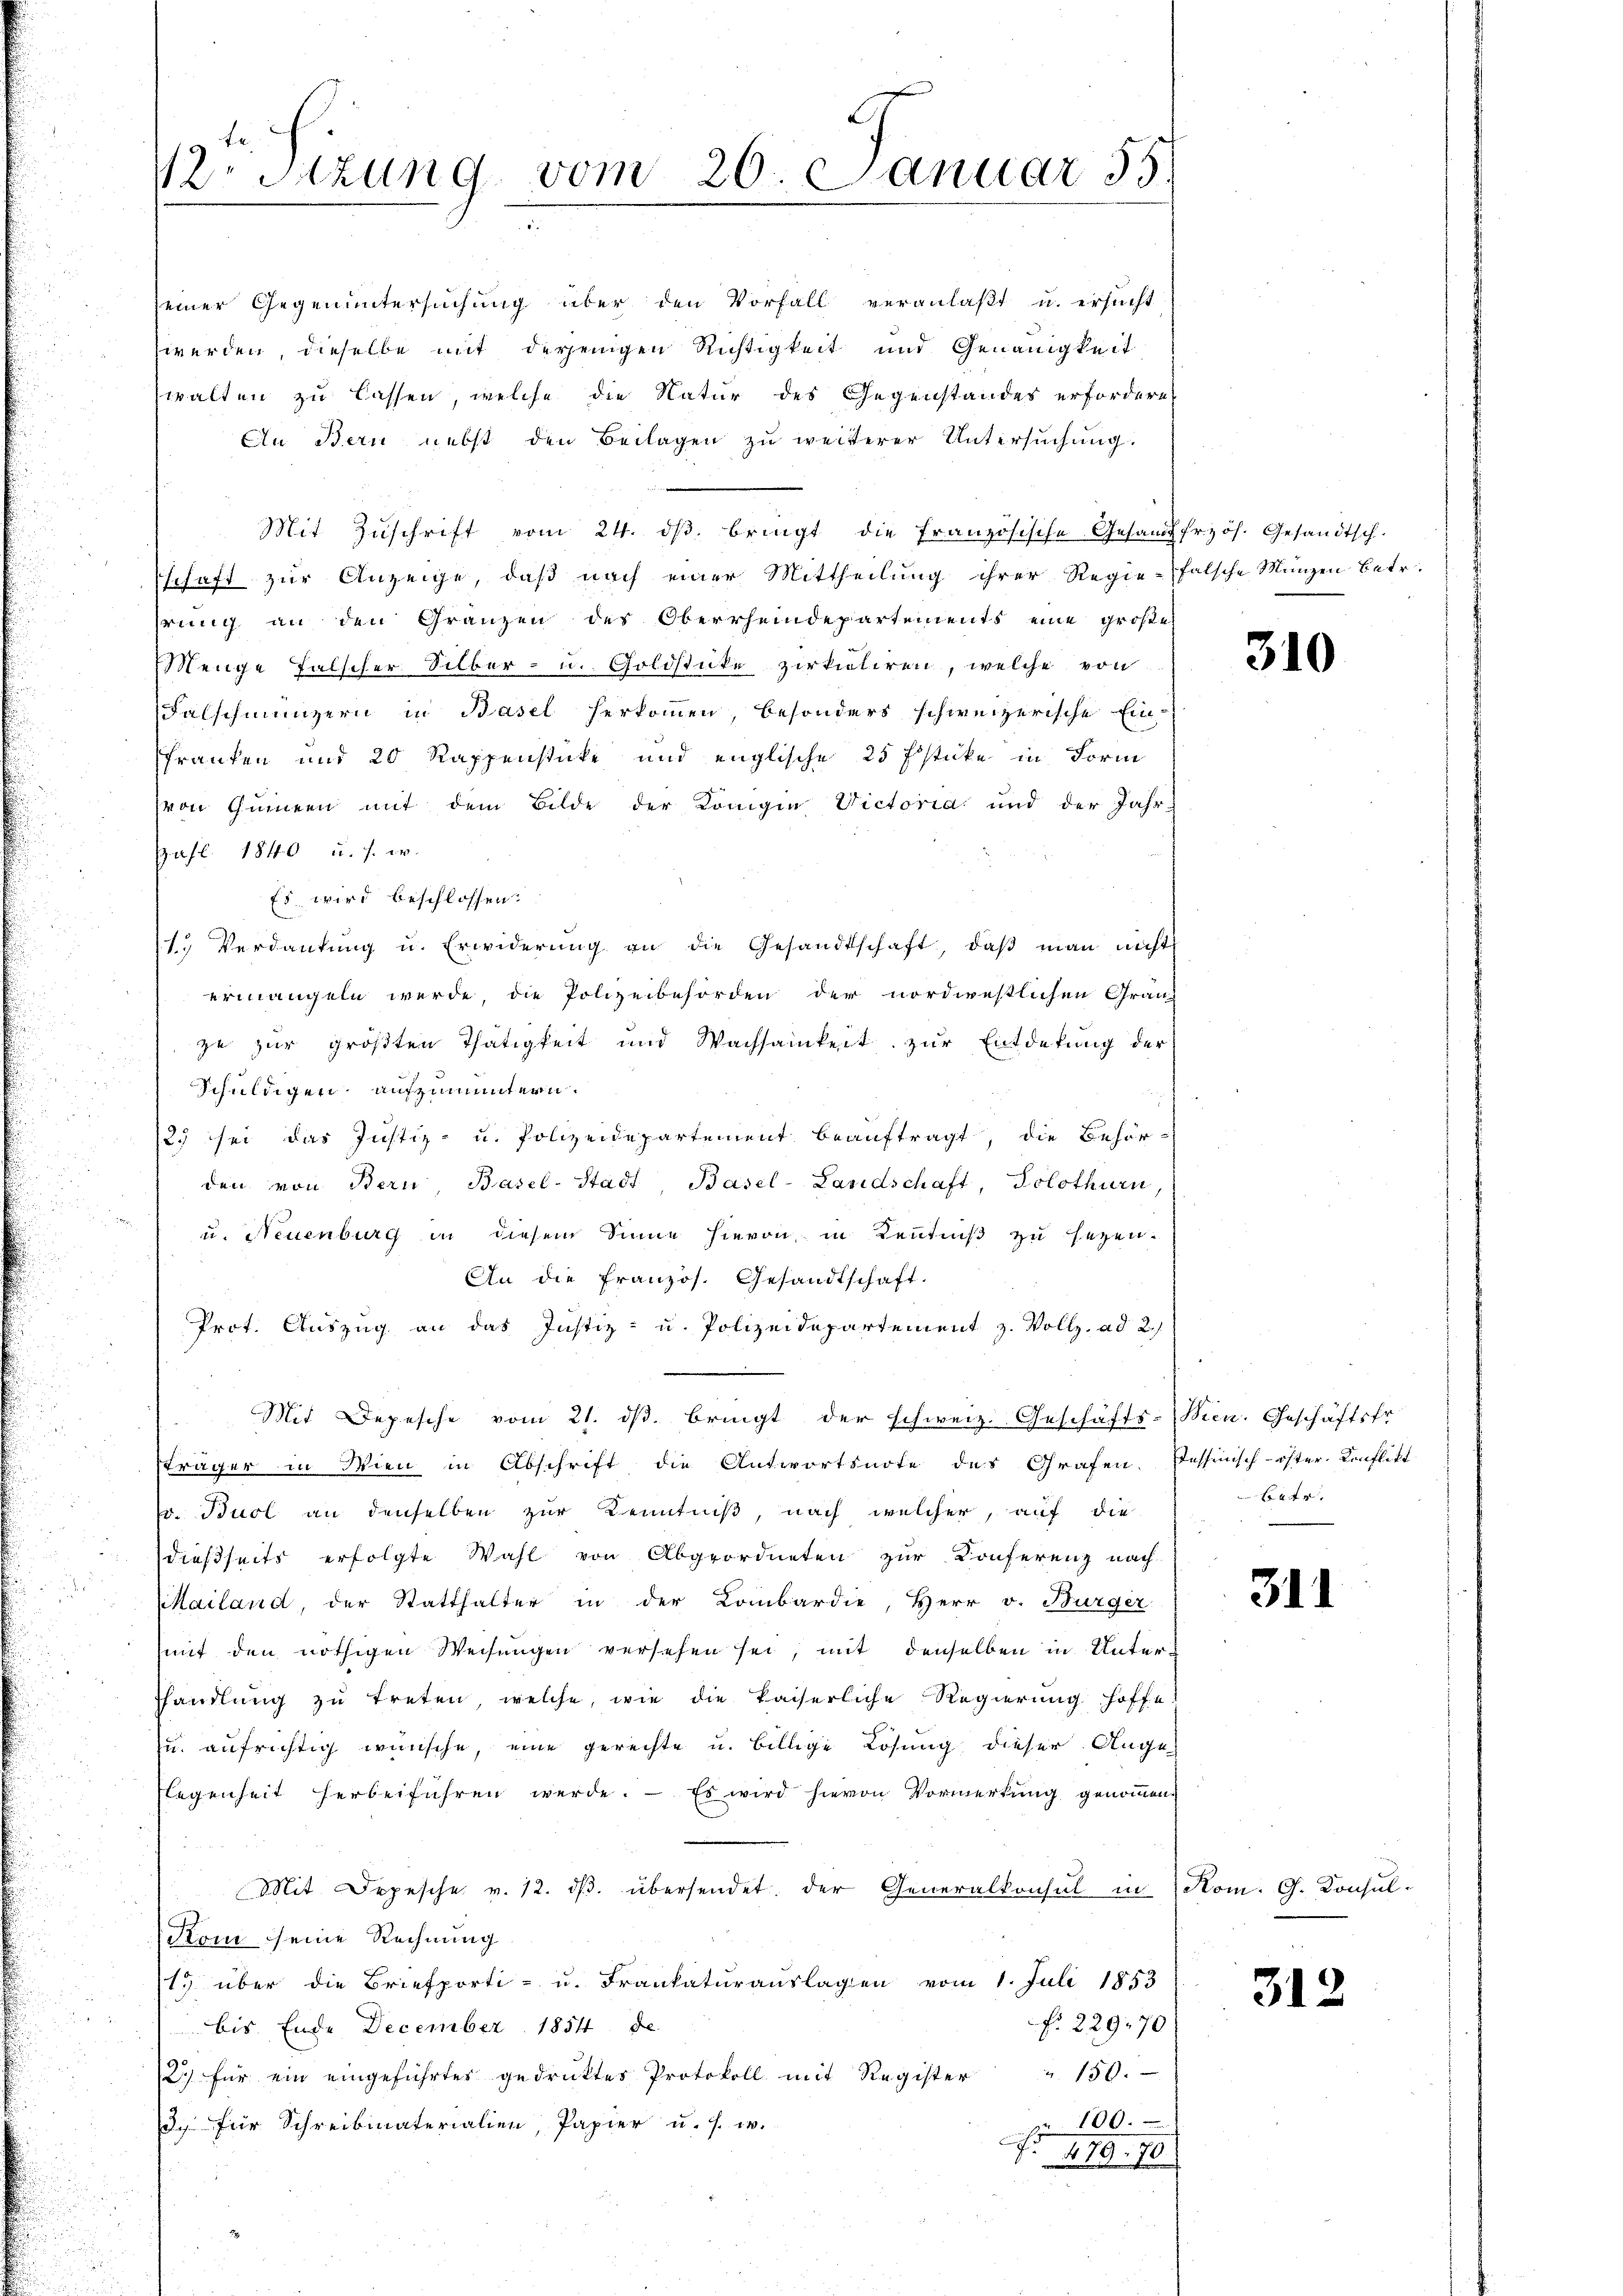
12. Sitzung vom 26. Januar 55
e

einer Gegenuntersuchung über den Vorfall veranlaßt u. ersucht
werden, dieselbe mit derjenigen Richtigkeit und Genauigkeit
walten zu lassen, welche die Natur des Gegenstandes erfordern
An Bern nebst den Beilagen zu weiterer Untersŭchung.

Mit Zŭschrift vom 24. dβ. bringt die französische Gesamtfrzös. Gesandtsch.
schaft zur Anzeige, daß nach einer Mittheilung ihrer Regie-falsche Manzen Betr.
hrung an den Gränzen des Oberrheindepartements eine große
Menge falscher Silber- u. Goldstücke zerkuliren, welche von
Falschmünzern in Basel herkommen, besonders schweizerische Ein
franken und 20 Rappenstücke und englische 25 fsticke in Form
von Gŭmeen mit dem Bilde der Königin Victoria und der Jahr-
pafl. 1840 u. s. w.
Es wird beschlossen:
1. Verdankŭng u. Erwiderŭng an die Gesandtschaft, daβ man nicht
ermangeln werde die Polizeibehörden der nordwestlichen Gränz(...) zur größten Thätigkeit und Wachsamkeit zur Entdekung der
schuldigen, aufzumuntern.
25 sei das Justiz- u. Polizeidepartement beauftragt, die Behörden von Bern Basel-Stadt, Basel-Landschaft, Solothurn,
u. Neuenburg in diesem Sinne hievon, in Kenntniß zu sezen.
An die Französ. Gesandtschaft.
Prot. Auszug an das Justiz- u. Polizeidepartement z. Vollz. ad 2.)
Mit Depesche vom 21. ds. bringt der schweiz. Geschäfts-
fräger in Wien in Abschrift die Antwortsnote des Grafen. Dessensch-öster Konflikt
v. Buol an denselben zur Kenntniß, nach welcher, auf die
dießseits erfolgte Wahl von Abgeordneten zur Conferenz nach
Mailand, der Statthalter in der Lombardie, Herr v. Bürger
mit den nöthigen Weisŭngen versehen sei, mit denselben in Unterfhandlŭng zŭ treten, welche, wie die kaiserliche Regierung hoffe!
u. aufrichtig wünsche, eine gerechte u. billige Lösung dieser Auge
legenheit herbeiführen werde. Es wird hievon Vormerkung genommen.
Mit Depesche v. 12. dβ. übersendet. Der Generalkonsul in
Kom seine Rechnung
15 über die Briefporti- u. Frankaturauslagen vom 1. Juli 1853
f. 229,70
bis Ende December 1854 de
150.
2. für ein eingeführtes gedruktes Protokoll mit Register
3. für Schreibmaterialien, Papier u. s. w.
r 100.
No 479. 10.

310

Bien. Geschäftsfr.
xx

311

Kom. G. Konsul-

313